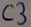
Text: C3